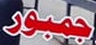
جمبور